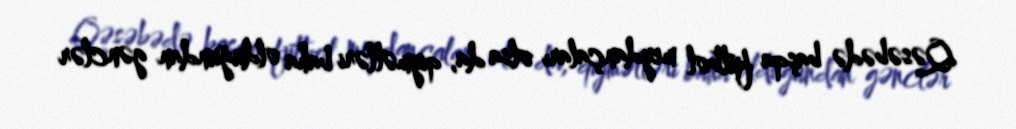
Qəsəbədə başqa futbol meydançaları olsa da, qiymətləri baha olduğundan gənclər